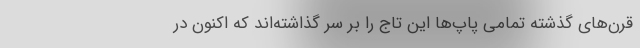
قرن‌های گذشته تمامی پاپ‌ها این تاج را بر سر گذاشته‌اند که اکنون در